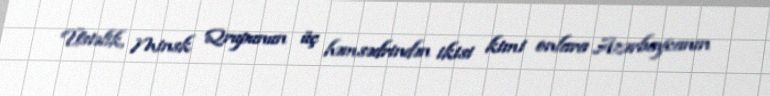
Üstəlik, Minsk Qrupunun üç həmsədrindən ikisi kimi onlara Azərbaycanın